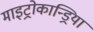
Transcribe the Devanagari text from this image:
माइट्रोकान्ड्रिया